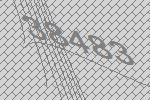
38483